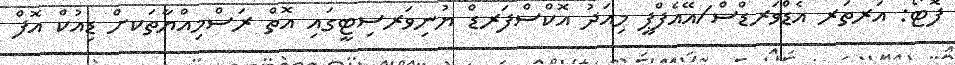
ފޮޓޯ: އަރތަރ އެޑްވަރޑްސް/އޭއެފްޕީ މިއަދު އޮކްސްފަރޑް ޔުނިވަރސިޓީގައި އޮތް ރަސްމިއްޔާތަކށް ޑިއުކް އޮފް